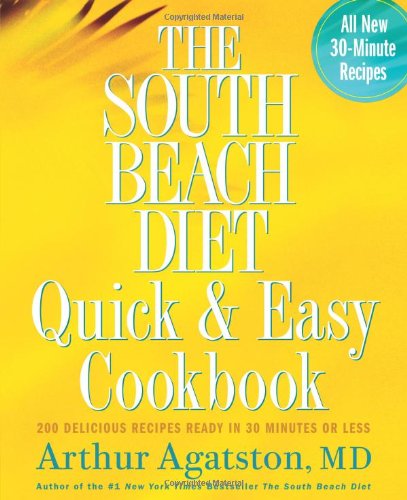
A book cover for The South Beach Diet Quick and Easy Cookbook: 200 Delicious Recipes Ready in 30 Minutes or Less; Arthur Agatston; Cookbooks, Food & Wine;